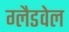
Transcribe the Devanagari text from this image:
ग्लैडवेल